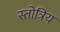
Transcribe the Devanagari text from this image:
स्तोत्रिय